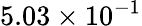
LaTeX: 5.03\times 10^{-1}